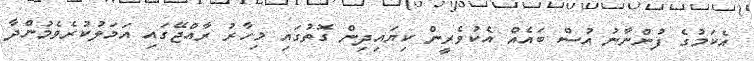
އެކަމުގެ ފުންނާނު އުސް ބައެއް އެކުވެރީން ކިޔައިދިން ގޮތުގައި މިހާރު ރާއްޖޭގައި އަމަލުކުރެވެމުންދާ